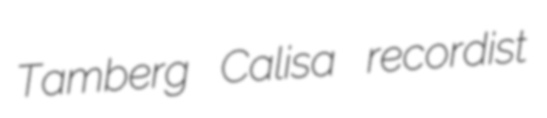
Tamberg Calisa recordist